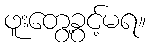
ဖူးတွေ့ခွင့်မရ။